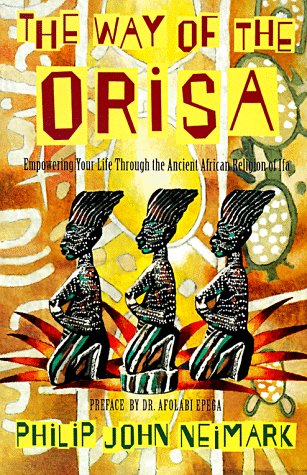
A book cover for The Way of Orisa: Empowering Your Life Through the Ancient African Religion of Ifa; Philip J. Neimark; Literature & Fiction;